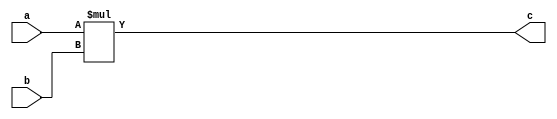
//////////////////////////////////////////////////////////////
// Bio-Inspired Multiplier (BAM)
// Function : Bio-Inspired Multiplier 
// Revision : v0.1 (2014-10-30) : Initial version
//////////////////////////////////////////////////////////////

`timescale 1ns/1ps

module mul_acc(
  a,
  b,
  c
);

parameter BWOP = 32; //operand width
parameter NAB = 1;  //Number of Apx Bits

input  [BWOP-1:0]                                   a;
input  [BWOP-1:0]                                   b;
output [BWOP-1:0]                                   c;
wire   [2*BWOP-2*NAB - 1:0]                           c_pre;

assign c_pre = a * b;
assign c = c_pre[BWOP-1: 0];
endmodule